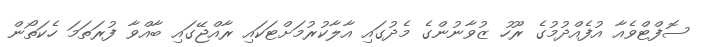
ސޮފްޓްވެއާ އުފެއްދުމުގެ ރޫހު ޒުވާނުންގެ މެދުގައި އާލާކުރުމަށްޓަކައި ރާއްޖޭގައި ބާއްވާ ފުރަތަމަ ހެކަތޯން